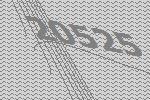
20525